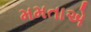
મમતાએ